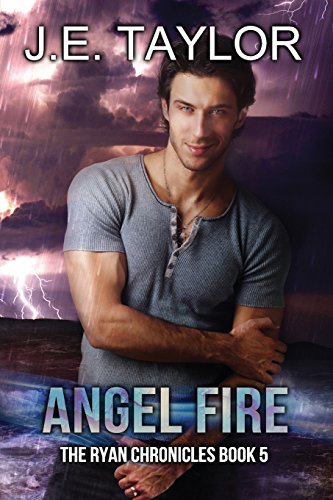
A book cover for Angel Fire (The Ryan Chronicles) (Volume 5); J.E. Taylor; Mystery, Thriller & Suspense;